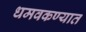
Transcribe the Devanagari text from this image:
धमवकण्यात